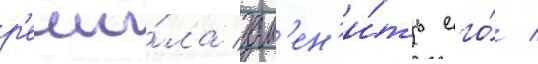
р'еши́ла зам'ен'и́ть его́ /